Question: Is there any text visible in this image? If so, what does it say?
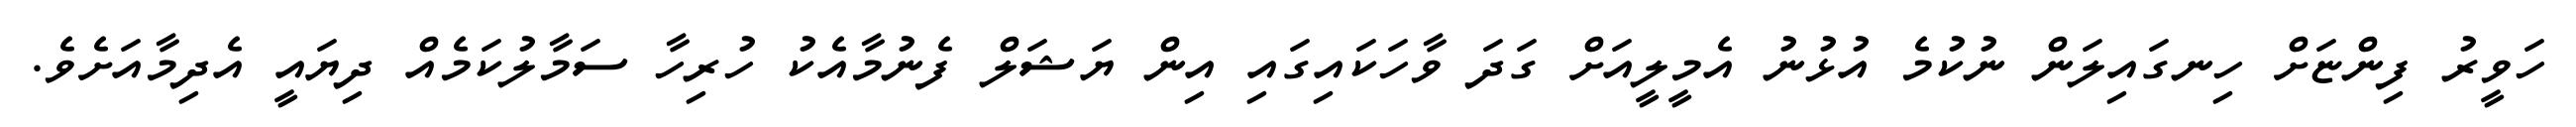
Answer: ހަވީރު ފިންޏަށް ހިނގައިލަން ނުކުމެ އުޅުނު އެމީލީއަށް ގަދަ ވާހަކައިގައި އިން ޔަޝަލް ފެނުމާއެކު ހުރިހާ ސަމާލުކަމެއް ދިޔައީ އެދިމާއަށެވެ.